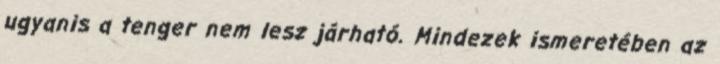
ugyanis a tenger nem lesz járható. Mindezek ismeretében az